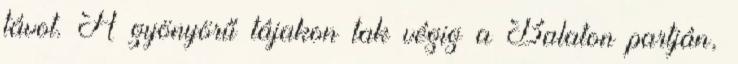
távot. A gyönyörű tájakon tak végig a Balaton partján,